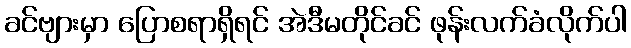
ခင်ဗျားမှာ ပြောစရာရှိရင် အဲဒီမတိုင်ခင် ဖုန်းလက်ခံလိုက်ပါ